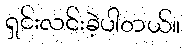
ရှင်းလင်းခဲ့ပါတယ်။